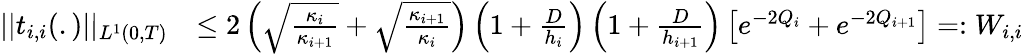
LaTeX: \begin{array}{rl}{||t_{i,i}(.)||_{L^{1}(0,T)}}&{\leq 2\left(\sqrt{\frac{\kappa_{i}}{\kappa_{i+1}}}+\sqrt{\frac{\kappa_{i+1}}{\kappa_{i}}}\right)\left(1+\frac{D}{h_{i}}\right)\left(1+\frac{D}{h_{i+1}}\right)\left[e^{-2Q_{i}}+e^{-2Q_{i+1}}\right]=:W_{i,i}}\end{array}